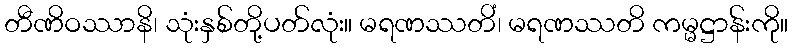
တီဏိဝဿာနိ၊ သုံးနှစ်တို့ပတ်လုံး။ မရဏဿတိံ၊ မရဏဿတိ ကမ္မဋ္ဌာန်းကို။